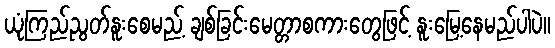
ယုံကြည်ညွတ်နူးစေမည့် ချစ်ခြင်းမေတ္တာစကားတွေဖြင့် နူးမြေ့နေမည်ပါပဲ။